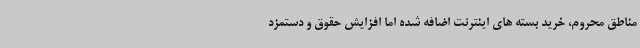
مناطق محروم، خرید بسته های اینترنت اضافه شده اما افزایش حقوق و دستمزد